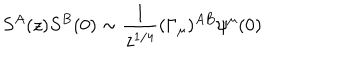
LaTeX: S ^ { A } ( z ) S ^ { B } ( 0 ) \sim \frac { 1 } { z ^ { 1 / 4 } } ( \Gamma _ { \mu } ) ^ { A B } \psi ^ { \mu } ( 0 )